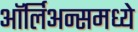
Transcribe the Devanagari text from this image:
ऑर्लिअन्समध्ये